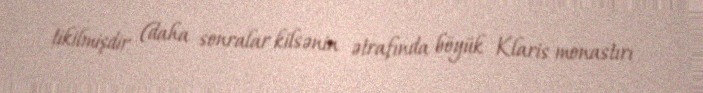
tikilmişdir (daha sonralar kilsənin ətrafında böyük Klaris monastırı